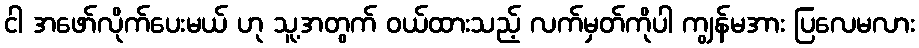
ငါ အဖော်လိုက်ပေးမယ် ဟု သူ့အတွက် ဝယ်ထားသည့် လက်မှတ်ကိုပါ ကျွန်မအား ပြလေမလား